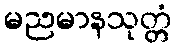
မညမာနသုတ္တံ